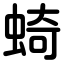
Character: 䗁